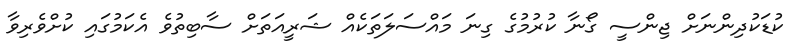
ކުޑަކުދިންނަށް ޖިންސީ ގޯނާ ކުރުމުގެ ގިނަ މައްސަލަތަކެއް ޝަރީއަތަށް ސާބިތުވެ އެކަމުގައި ކުށްވެރިވާ